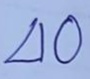
40